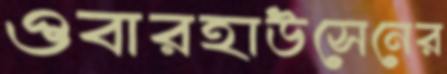
ওবারহাউসেনের